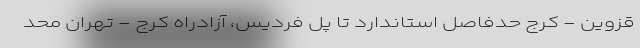
قزوین - کرج حدفاصل استاندارد تا پل فردیس، آزادراه کرج - تهران محد